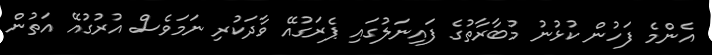
އެންމެ ފަހުން ކުޅުނު މުބާރާތުގެ ފައިނަލުގައި ޕެރަގުއޭ ވާދަކުރި ނަމަވެސް އުރުގުއޭ އަތުން